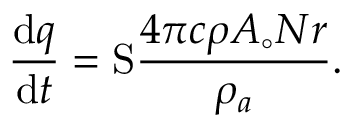
\frac { \mathrm { d } q } { \mathrm { d } t } = \mathrm { S } \frac { 4 \pi c \rho A _ { \circ } N r } { \rho _ { a } } .